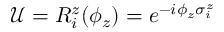
\mathcal { U } = R _ { i } ^ { z } ( \phi _ { z } ) = e ^ { - i \phi _ { z } \sigma _ { i } ^ { z } }